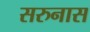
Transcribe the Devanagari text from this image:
सरुनास